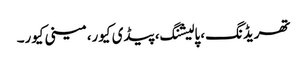
تھریڈنگ، پالیشنگ، پیڈی کیور، مینی کیور۔